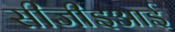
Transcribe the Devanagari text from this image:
सीजीइआई